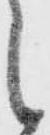
之